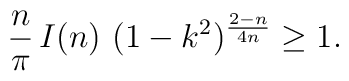
\frac{n}{\pi}\,  I(n) \, \,  (1-k^2)^{\frac{2-n}{4n}} \geq 1.